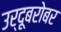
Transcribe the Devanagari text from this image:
उर्दूबरोबर